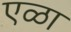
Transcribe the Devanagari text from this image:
एळा